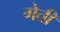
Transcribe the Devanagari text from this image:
गेती